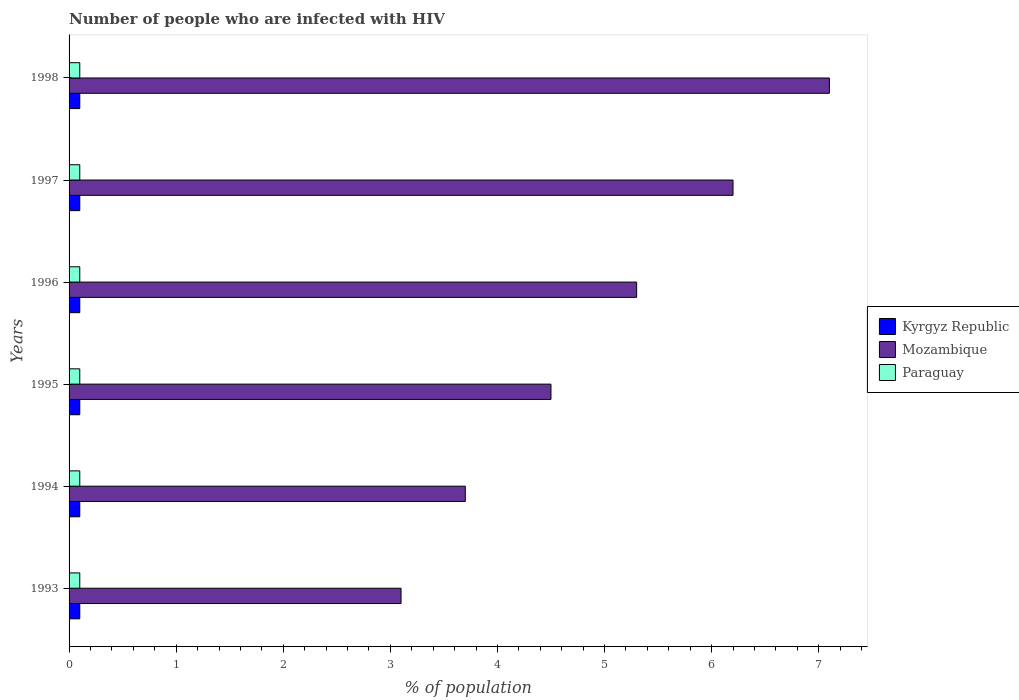
| Years | Kyrgyz Republic | Mozambique | Paraguay |
 | --- | --- | --- | --- |
 | 1993 | 0.1 | 3.1 | 0.1 |
 | 1994 | 0.1 | 3.7 | 0.1 |
 | 1995 | 0.1 | 4.5 | 0.1 |
 | 1996 | 0.1 | 5.3 | 0.1 |
 | 1997 | 0.1 | 6.2 | 0.1 |
 | 1998 | 0.1 | 7.1 | 0.1 |